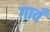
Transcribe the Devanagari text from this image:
ग़ावँ